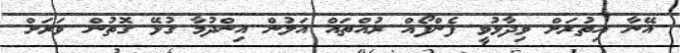
އޭނާ އިތުރަށް ވިދާޅުވީ ފެންފޯއް ރުއްތައް އަލުން އިންދުމާ ގުޅޭ ގޮތުން ވަރަށް